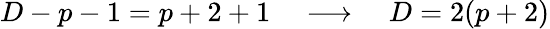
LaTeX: D-p-1=p+2+1\quad\longrightarrow\quad D=2(p+2)